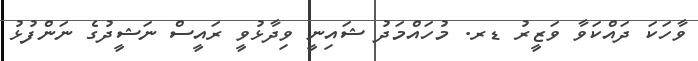
ވާހަކަ ދައްކަވާ ވަޒީރު ޑރ. މުހައްމަދު ޝައިނީ ވިދާޅުވީ ރައީސް ނަޝީދުގެ ނަންފުޅު